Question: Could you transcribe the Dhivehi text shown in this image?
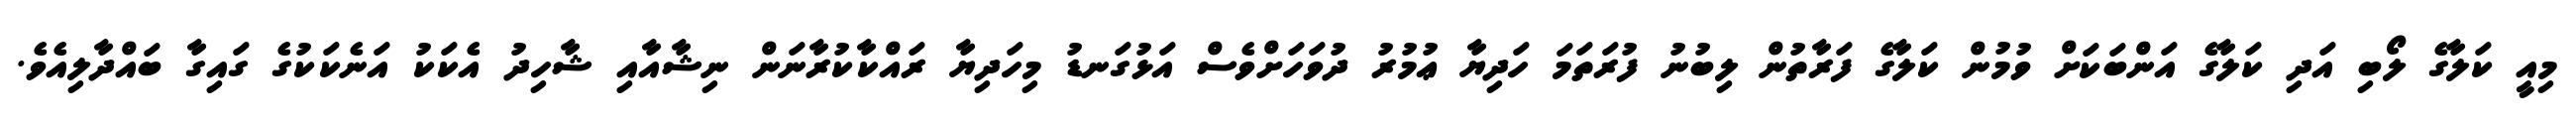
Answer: މިއީ ކަލާގެ ލޯބި އަދި ކަލާގެ އަންބަކަށް ވުމުން ކަލާގެ ފަރާތުން ލިބުނު ފުރަތަމަ ހަދިޔާ ޢުމުރު ދުވަހަށްވެސް އަޅުގަނޑު މިހަދިޔާ ރައްކާކުރާނަން ނިޝާއާއި ޝާހިދު އެކަކު އަނެކަކުގެ ގައިގާ ބައްދާލިއެވެ.